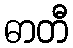
ဓာတီ